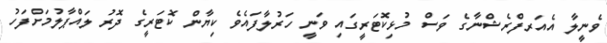
ވެނީލާ އެއަރފްރެޝްނާގެ ވަސްް މުޅިކޮޓަރީގައި ވަނީ ހަރުލާފައެވެ ކިޔާން ކޮޓަރީގެ ދޮރު ލައްޕާލުމަށްފަހު